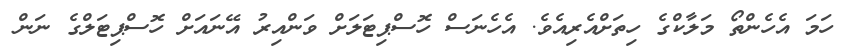
ހަމަ އެހެންތޯ މަލާކްގެ ހިތަށްއެރިއެވެ. އެހެނަސް ހޮސްޕިޓަލަށް ވަންއިރު އޭނައަށް ހޮސްޕިޓަލްގެ ނަން